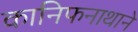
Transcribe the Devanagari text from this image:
कानिफनाथाने